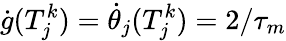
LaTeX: \dot{g}(T_{j}^{k})=\dot{\theta}_{j}(T_{j}^{k})=2/\tau_{m}